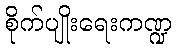
စိုက်ပျိုးရေးကဏ္ဍ